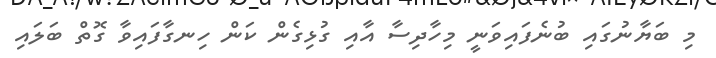
މި ބަޔާނުގައި ބުނެފައިވަނީ މިހާދިސާ އާއި ގުޅިގެން ކަން ހިނގާފައިވާ ގޮތް ބަލައި